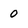
Character: 0